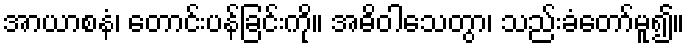
အာယာစနံ၊ တောင်းပန်ခြင်းကို။ အဓိဝါသေတွာ၊ သည်းခံတော်မူ၍။